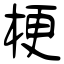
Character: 梗